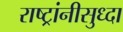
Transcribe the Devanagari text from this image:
राष्ट्रांनीसुध्दा